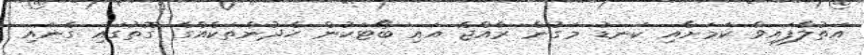
އަތުލާފައިވާ ކަމަށާއި ކަނޑު މަގުން ރާއްޖެ އައި ބޯޓަކުން ހެދުންތަކެއްގެ ގޮތުގައި ގެނައި